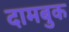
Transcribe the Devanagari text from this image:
दामबुक